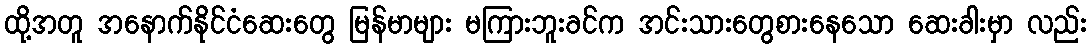
ထို့အတူ အနောက်နိုင်ငံဆေးတွေ မြန်မာများ မကြားဘူးခင်က အင်းသားတွေစားနေသော ဆေးခါးမှာ လည်း